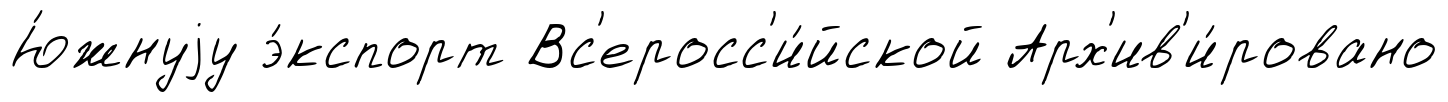
Ю́жнуjу э́кспорт Вс'еросс'и́йской Арх'ив'и́ровано